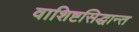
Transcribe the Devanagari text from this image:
वाशिष्टसिद्धान्त